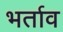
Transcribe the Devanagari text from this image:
भर्ताव